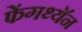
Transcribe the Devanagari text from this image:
फेंगथ्यॅन